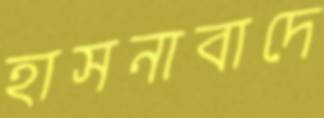
হাসনাবাদে